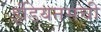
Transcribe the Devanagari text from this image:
इंडियनसची